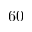
6 0